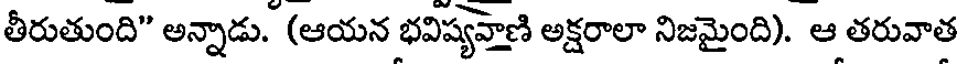
తీరుతుంది" అన్నాడు. (ఆయన భవిష్యవాణి అక్షరాలా నిజమైంది). ఆ తరువాత